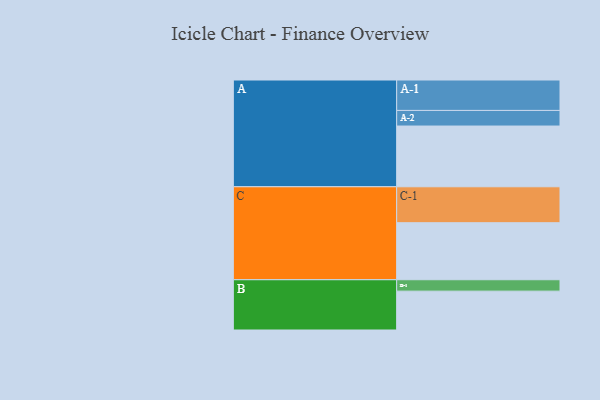
{"axis": {"x": "Segment", "y": "Value"}, "legend": ["", "A", "B", "C"], "data": [{"x": "A", "y": 475, "type": ""}, {"x": "B", "y": 304, "type": ""}, {"x": "C", "y": 446, "type": ""}, {"x": "A-1", "y": 238, "type": "A"}, {"x": "A-2", "y": 122, "type": "A"}, {"x": "B-1", "y": 89, "type": "B"}, {"x": "C-1", "y": 281, "type": "C"}]}